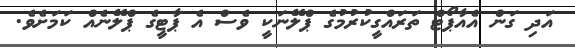
އަދި ގަން އެއާޕޯޓް ތަރައްގީކުރުމުގެ ޕްލޭނަކީ ވެސް އެ ޕާޓީގެ ޕްލޭނެއް ކަމަށެވެ.